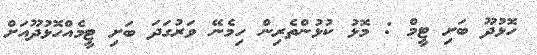
ހޮޅުދޫ ބަށި ޓީމް : މޮޅު ކުޅުންތެރިން ހިމެނޭ ވަރުގަދަ ބަށި ޓީމެއްހޮޅުދޫއަށް